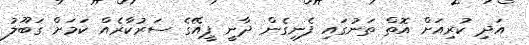
އަދި ކުރިއަށް އޮތް ތަނުގައި ފެނިގެން ދާނީ ޕީއޭގެ ސަރުކާރެއް ކަމަށް ގަބޫލު